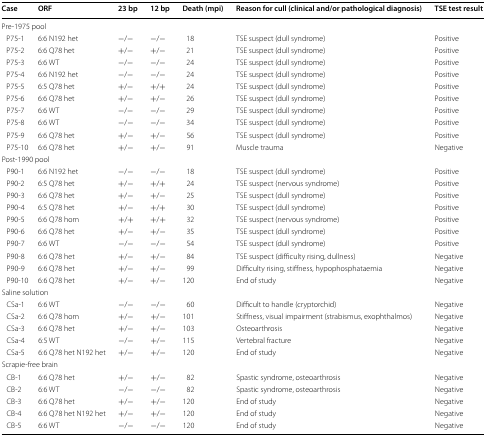
<table><thead><tr><td><b>Case</b></td><td><b>ORF</b></td><td><b>23 bp</b></td><td><b>12 bp</b></td><td><b>Death (mpi)</b></td><td><b>Reason for cull (clinical and/or pathological diagnosis)</b></td><td><b>TSE test result</b></td></tr></thead><tbody><tr><td colspan="7">Pre-1975 pool</td></tr><tr><td> P75-1</td><td>6:6 N192 het</td><td>−/−</td><td>−/−</td><td>18</td><td>TSE suspect (dull syndrome)</td><td>Positive</td></tr><tr><td> P75-2</td><td>6:6 Q78 het</td><td>+/−</td><td>+/−</td><td>21</td><td>TSE suspect (dull syndrome)</td><td>Positive</td></tr><tr><td> P75-3</td><td>6:6 WT</td><td>−/−</td><td>−/−</td><td>24</td><td>TSE suspect (dull syndrome)</td><td>Positive</td></tr><tr><td> P75-4</td><td>6:6 N192 het</td><td>−/−</td><td>−/−</td><td>24</td><td>TSE suspect (dull syndrome)</td><td>Positive</td></tr><tr><td> P75-5</td><td>6:5 Q78 het</td><td>+/−</td><td>+/+</td><td>24</td><td>TSE suspect (dull syndrome)</td><td>Positive</td></tr><tr><td> P75-6</td><td>6:6 Q78 het</td><td>+/−</td><td>+/−</td><td>26</td><td>TSE suspect (dull syndrome)</td><td>Positive</td></tr><tr><td> P75-7</td><td>6:6 WT</td><td>−/−</td><td>−/−</td><td>29</td><td>TSE suspect (dull syndrome)</td><td>Positive</td></tr><tr><td> P75-8</td><td>6:6 WT</td><td>−/−</td><td>−/−</td><td>34</td><td>TSE suspect (dull syndrome)</td><td>Positive</td></tr><tr><td> P75-9</td><td>6:6 Q78 het</td><td>+/−</td><td>+/−</td><td>56</td><td>TSE suspect (dull syndrome)</td><td>Positive</td></tr><tr><td> P75-10</td><td>6:6 Q78 het</td><td>+/−</td><td>+/−</td><td>91</td><td>Muscle trauma</td><td>Negative</td></tr><tr><td colspan="7">Post-1990 pool</td></tr><tr><td> P90-1</td><td>6:6 N192 het</td><td>−/−</td><td>−/−</td><td>18</td><td>TSE suspect (dull syndrome)</td><td>Positive</td></tr><tr><td> P90-2</td><td>6:5 Q78 het</td><td>+/−</td><td>+/+</td><td>24</td><td>TSE suspect (nervous syndrome)</td><td>Positive</td></tr><tr><td> P90-3</td><td>6:6 Q78 het</td><td>+/−</td><td>+/−</td><td>25</td><td>TSE suspect (dull syndrome)</td><td>Positive</td></tr><tr><td> P90-4</td><td>6:5 Q78 het</td><td>+/−</td><td>+/+</td><td>30</td><td>TSE suspect (dull syndrome)</td><td>Positive</td></tr><tr><td> P90-5</td><td>6:6 Q78 hom</td><td>+/+</td><td>+/+</td><td>32</td><td>TSE suspect (nervous syndrome)</td><td>Positive</td></tr><tr><td> P90-6</td><td>6:6 Q78 het</td><td>+/−</td><td>+/−</td><td>35</td><td>TSE suspect (dull syndrome)</td><td>Positive</td></tr><tr><td> P90-7</td><td>6:6 WT</td><td>−/−</td><td>−/−</td><td>54</td><td>TSE suspect (dull syndrome)</td><td>Positive</td></tr><tr><td> P90-8</td><td>6:6 Q78 het</td><td>+/−</td><td>+/−</td><td>84</td><td>TSE suspect (difficulty rising, dullness)</td><td>Negative</td></tr><tr><td> P90-9</td><td>6:6 Q78 het</td><td>+/−</td><td>+/−</td><td>99</td><td>Difficulty rising, stiffness, hypophosphataemia</td><td>Negative</td></tr><tr><td> P90-10</td><td>6:6 Q78 het</td><td>+/−</td><td>+/−</td><td>120</td><td>End of study</td><td>Negative</td></tr><tr><td colspan="7">Saline solution</td></tr><tr><td> CSa-1</td><td>6:6 WT</td><td>−/−</td><td>−/−</td><td>60</td><td>Difficult to handle (cryptorchid)</td><td>Negative</td></tr><tr><td> CSa-2</td><td>6:6 Q78 hom</td><td>+/−</td><td>+/−</td><td>101</td><td>Stiffness, visual impairment (strabismus, exophthalmos)</td><td>Negative</td></tr><tr><td> CSa-3</td><td>6:6 Q78 het</td><td>+/−</td><td>+/−</td><td>103</td><td>Osteoarthrosis</td><td>Negative</td></tr><tr><td> CSa-4</td><td>6:5 WT</td><td>−/−</td><td>+/−</td><td>115</td><td>Vertebral fracture</td><td>Negative</td></tr><tr><td> CSa-5</td><td>6:6 Q78 het N192 het</td><td>+/−</td><td>+/−</td><td>120</td><td>End of study</td><td>Negative</td></tr><tr><td colspan="7">Scrapie-free brain</td></tr><tr><td> CB-1</td><td>6:6 Q78 het</td><td>+/−</td><td>+/−</td><td>82</td><td>Spastic syndrome, osteoarthrosis</td><td>Negative</td></tr><tr><td> CB-2</td><td>6:6 WT</td><td>−/−</td><td>−/−</td><td>82</td><td>Spastic syndrome, osteoarthrosis</td><td>Negative</td></tr><tr><td> CB-3</td><td>6:6 Q78 het</td><td>+/−</td><td>+/−</td><td>120</td><td>End of study</td><td>Negative</td></tr><tr><td> CB-4</td><td>6:6 Q78 het N192 het</td><td>+/−</td><td>+/−</td><td>120</td><td>End of study</td><td>Negative</td></tr><tr><td> CB-5</td><td>6:6 WT</td><td>−/−</td><td>−/−</td><td>120</td><td>End of study</td><td>Negative</td></tr></tbody></table>